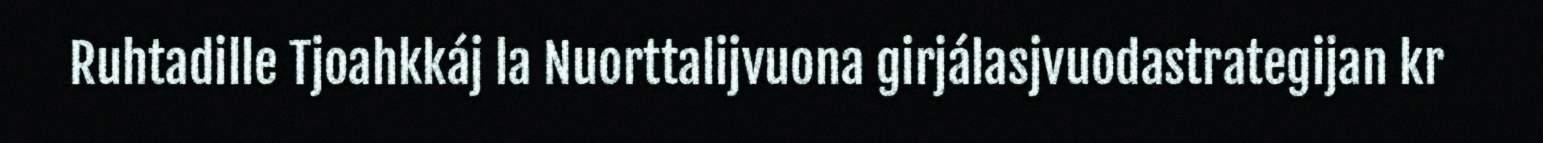
Ruhtadille Tjoahkkáj la Nuorttalijvuona girjálasjvuodastrategijan kr